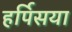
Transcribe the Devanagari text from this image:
हर्पिसया